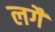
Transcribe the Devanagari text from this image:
लगैं